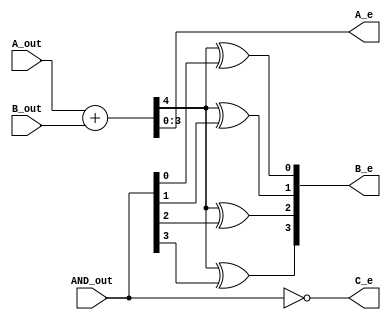
module dire_straits(
    input wire [3:0] A_out, B_out, AND_out,
    output wire [3:0] A_e, B_e, C_e
);

wire [4:0] s;

assign s = A_out + B_out;
assign A_e = s[3:0];
assign B_e[0] = s[4] ^ AND_out[0];
assign B_e[1] = s[4] ^ AND_out[1];
assign B_e[2] = s[4] ^ AND_out[2];
assign B_e[3] = s[4] ^ AND_out[3];
assign C_e = ~AND_out;

endmodule